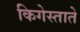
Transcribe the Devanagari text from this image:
किगेस्ताते